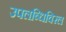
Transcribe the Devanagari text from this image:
उपलब्धिविरल